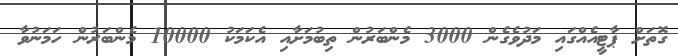
ގޮތަށް ޕާޓީއެއްގައި މަދުވެގެން 3000 މެންބަރުން ތިބުމަށާއި އެކަމަކު 10000 މެންބަރުން ހަމަނުވާ